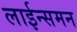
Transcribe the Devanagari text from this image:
लाईन्समन